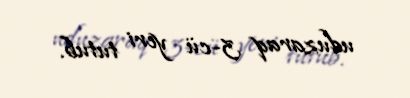
uduzaraq 3-cü yeri tutub.